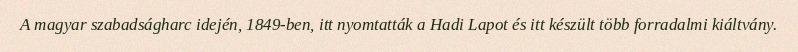
A magyar szabadságharc idején, 1849-ben, itt nyomtatták a Hadi Lapot és itt készült több forradalmi kiáltvány.